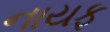
નાયફ